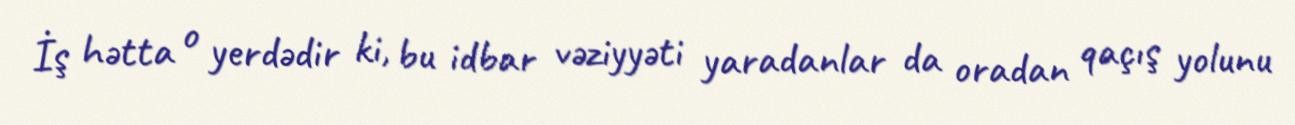
İş hətta o yerdədir ki, bu idbar vəziyyəti yaradanlar da oradan qaçış yolunu